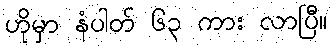
ဟိုမှာ နံပါတ် ၆၃ ကား လာပြီ။